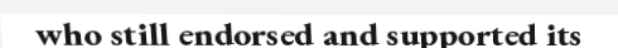
who still endorsed and supported its